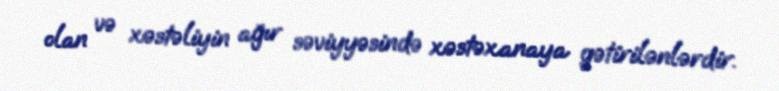
olan və xəstəliyin ağır səviyyəsində xəstəxanaya gətirilənlərdir.